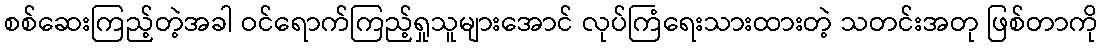
စစ်ဆေးကြည့်တဲ့အခါ ဝင်ရောက်ကြည့်ရှုသူများအောင် လုပ်ကြံရေးသားထားတဲ့ သတင်းအတု ဖြစ်တာကို